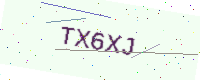
Text: TX6XJ